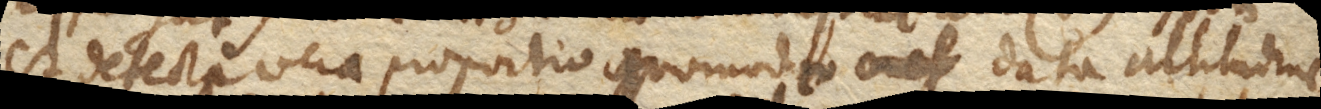
est detecta vera proportio quomodo data altitudine